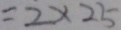
= 2 \times 2 5